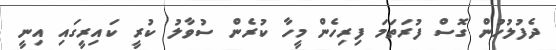
ދެފުލުހުން ގޮސް ފުރަތަމަ ފިރިހެން މީހާ ކުރެން ސުވާލު ކުރީ ކައިރީގައި އިނީ